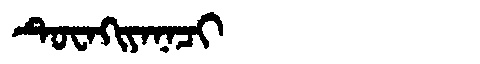
Manchu: ᡨᡠᠸᠠᡴᡳᠶᠠᠨᠠᠴᡳ
Romanization: TUWAKIYANACI